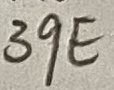
Text: 39E